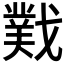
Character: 𫼆